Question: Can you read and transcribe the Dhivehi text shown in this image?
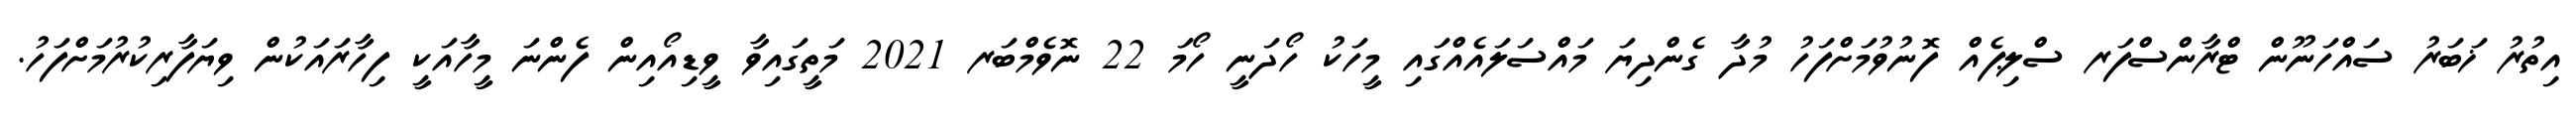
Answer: އިތުރު ޚަބަރު ސައްހަނޫން ޓްރާންސްފަރ ސްލިޕެއް ފޮނުވުމަށްފަހު މުދާ ގެންދިޔަ މައްސަލައެއްގައި މީހަކު ހޯދަނީ ހޯމަ 22 ނޮވެމްބަރ 2021 މަތީގައިވާ ވީޑިއޯއިން ފެންނަ މީހާއަކީ ފިހާރައަކުން ވިޔަފާރިކުރުމަށްފަހު.